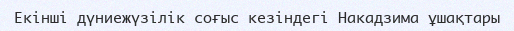
Екінші дүниежүзілік соғыс кезіндегі Накадзима ұшақтары